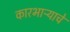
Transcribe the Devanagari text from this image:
कारभाऱ्याचे